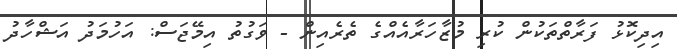
އިދިކޮޅު ފަރާތްތަކުން ކުރި މުޒާހަރާއެއްގެ ތެރެއިން - ވަގުތު އިމޭޖަސް: އަހުމަދު އަޝްހާދު